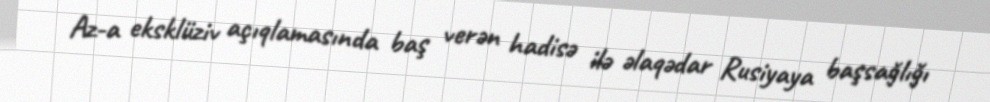
Az-a eksklüziv açıqlamasında baş verən hadisə ilə əlaqədar Rusiyaya başsağlığı